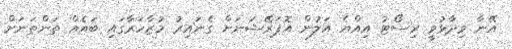
އޭނާ ވިދާޅުވީ ރިސޯޓު އިއްޔެ އަލުން އޮޕަރޭޝަނަށް ގެނައިރު މުޒާހަރާގައި ބައެއް ތަންތަނަށް